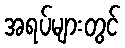
အရပ်များတွင်